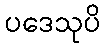
ပဒေသုပိ